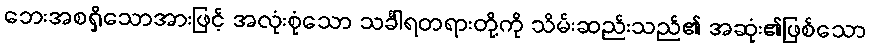
ဘေးအစရှိသောအားဖြင့် အလုံးစုံသော သင်္ခါရတရားတို့ကို သိမ်းဆည်းသည်၏ အဆုံး၏ဖြစ်သော